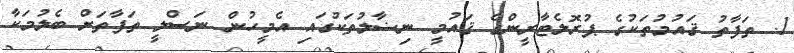
1. ތަފާތު ޤައުމުތަކުގެ ޕުރޮލެޓާރީންގެ ޤައުމީ ނިޟާލުތަކުގައި އެމީހުން ނަސްލީ ތަފާތަށް ބެލުމަކާ